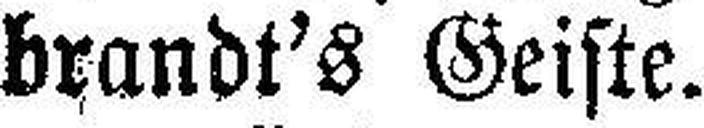
brandt's Geiste.